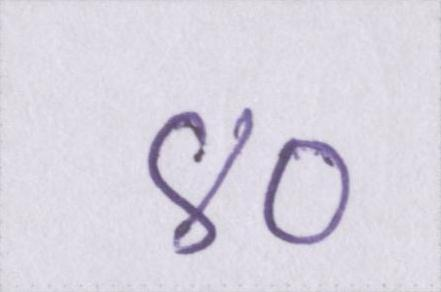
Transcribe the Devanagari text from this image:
४०